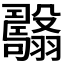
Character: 𦒯